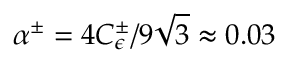
\alpha ^ { \pm } = 4 C _ { \epsilon } ^ { \pm } / 9 \sqrt { 3 } \approx 0 . 0 3